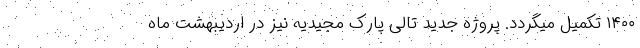
۱۴۰۰ تکمیل میگردد. پروژه جدید تالی پارک مجیدیه نیز در اردیبهشت ماه